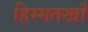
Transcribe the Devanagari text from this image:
हिम्मतखाँ